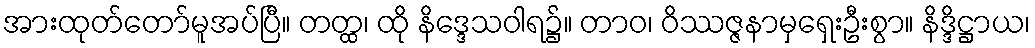
အားထုတ်တော်မူအပ်ပြီ။ တတ္ထ၊ ထို နိဒ္ဒေသဝါရ၌။ တာဝ၊ ဝိဿဇ္ဇနာမှရှေးဦးစွာ။ နိဒ္ဒိဋ္ဌာယ၊